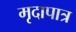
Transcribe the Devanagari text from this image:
मृदापात्र